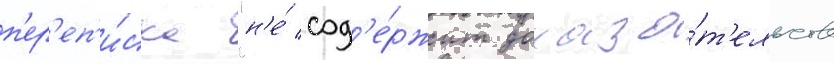
п'ер'еп'и́ска "н'е́ сод'е́ржит доказа́т'ельств